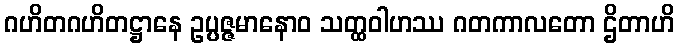
ဂဟိတဂဟိတဋ္ဌာနေ ဥပ္ပဇ္ဇမာနောဝ သတ္ထဝါဟဿ ဂတကာလတော ဌိတာဟိ